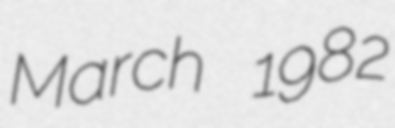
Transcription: March 1982